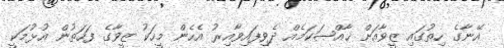
އޭނާގެ ހިތުގައި ޒީވާއަށް ޚާއްޞަކަމެއް ދެވިފައިވާއިރު އެހެން މީހަކު ޒީވާގެ ފަހަތުން އުޅުމަކީ